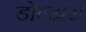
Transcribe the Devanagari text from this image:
डोल्हारा